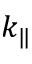
k _ { \| }